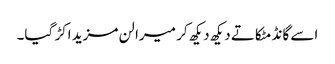
اسے گانڈ مٹکاتے دیکھ دیکھ کر میرا لن مزید اکڑ گیا۔